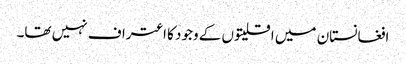
افغانستان میں اقلیتوں کے وجود کا اعتراف نہیں تھا۔